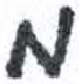
אות: מ